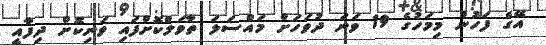
އޭގެ ފަހުން މިމަހުގެ 19 ވަނަ ދުވަހަށް މައްސަލަ ތާވަލްކޮށްފައި ވަނިކޮށް ދިފާއީ